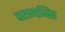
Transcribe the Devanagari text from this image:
परागनित